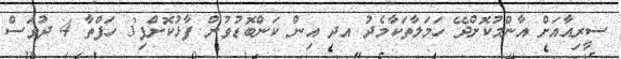
ސީރިއާއަށް އާންމުކޮށްދޭ ހަމަލާތަކާމެދު އދ އިން ކަންބޮޑުވުން ފާޅުކޮށްފި3 ހަފްތާ 4 ދުވަސް